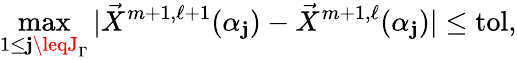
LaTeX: \operatorname*{max}_{1\leq\mathbf{j}\leqJ_{\Gamma}}|\vec{{X}}^{m+1,\ell+1}(\alpha_{\mathbf{j}})-\vec{{X}}^{m+1,\ell}(\alpha_{\mathbf{j}})|\leq\mathrm{{tol}},